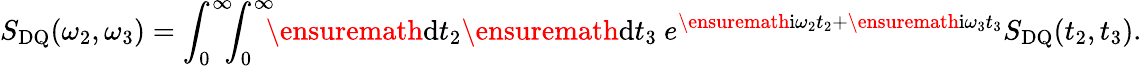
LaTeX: S_{\mathrm{DQ}}(\omega_{2},\omega_{3})=\int_{0}^{\infty}\! \! \! \int_{0}^{\infty}\! \! \! \ensuremath{\mathrm{d}}t_{2}\ensuremath{\mathrm{d}}t_{3}\ e^{\ensuremath{\mathrm{i}}\omega_{2}t_{2}+\ensuremath{\mathrm{i}}\omega_{3}t_{3}}S_{\mathrm{DQ}}(t_{2},t_{3}).